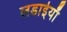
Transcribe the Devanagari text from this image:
लडाईयाँ